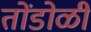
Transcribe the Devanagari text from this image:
तोंडोळी